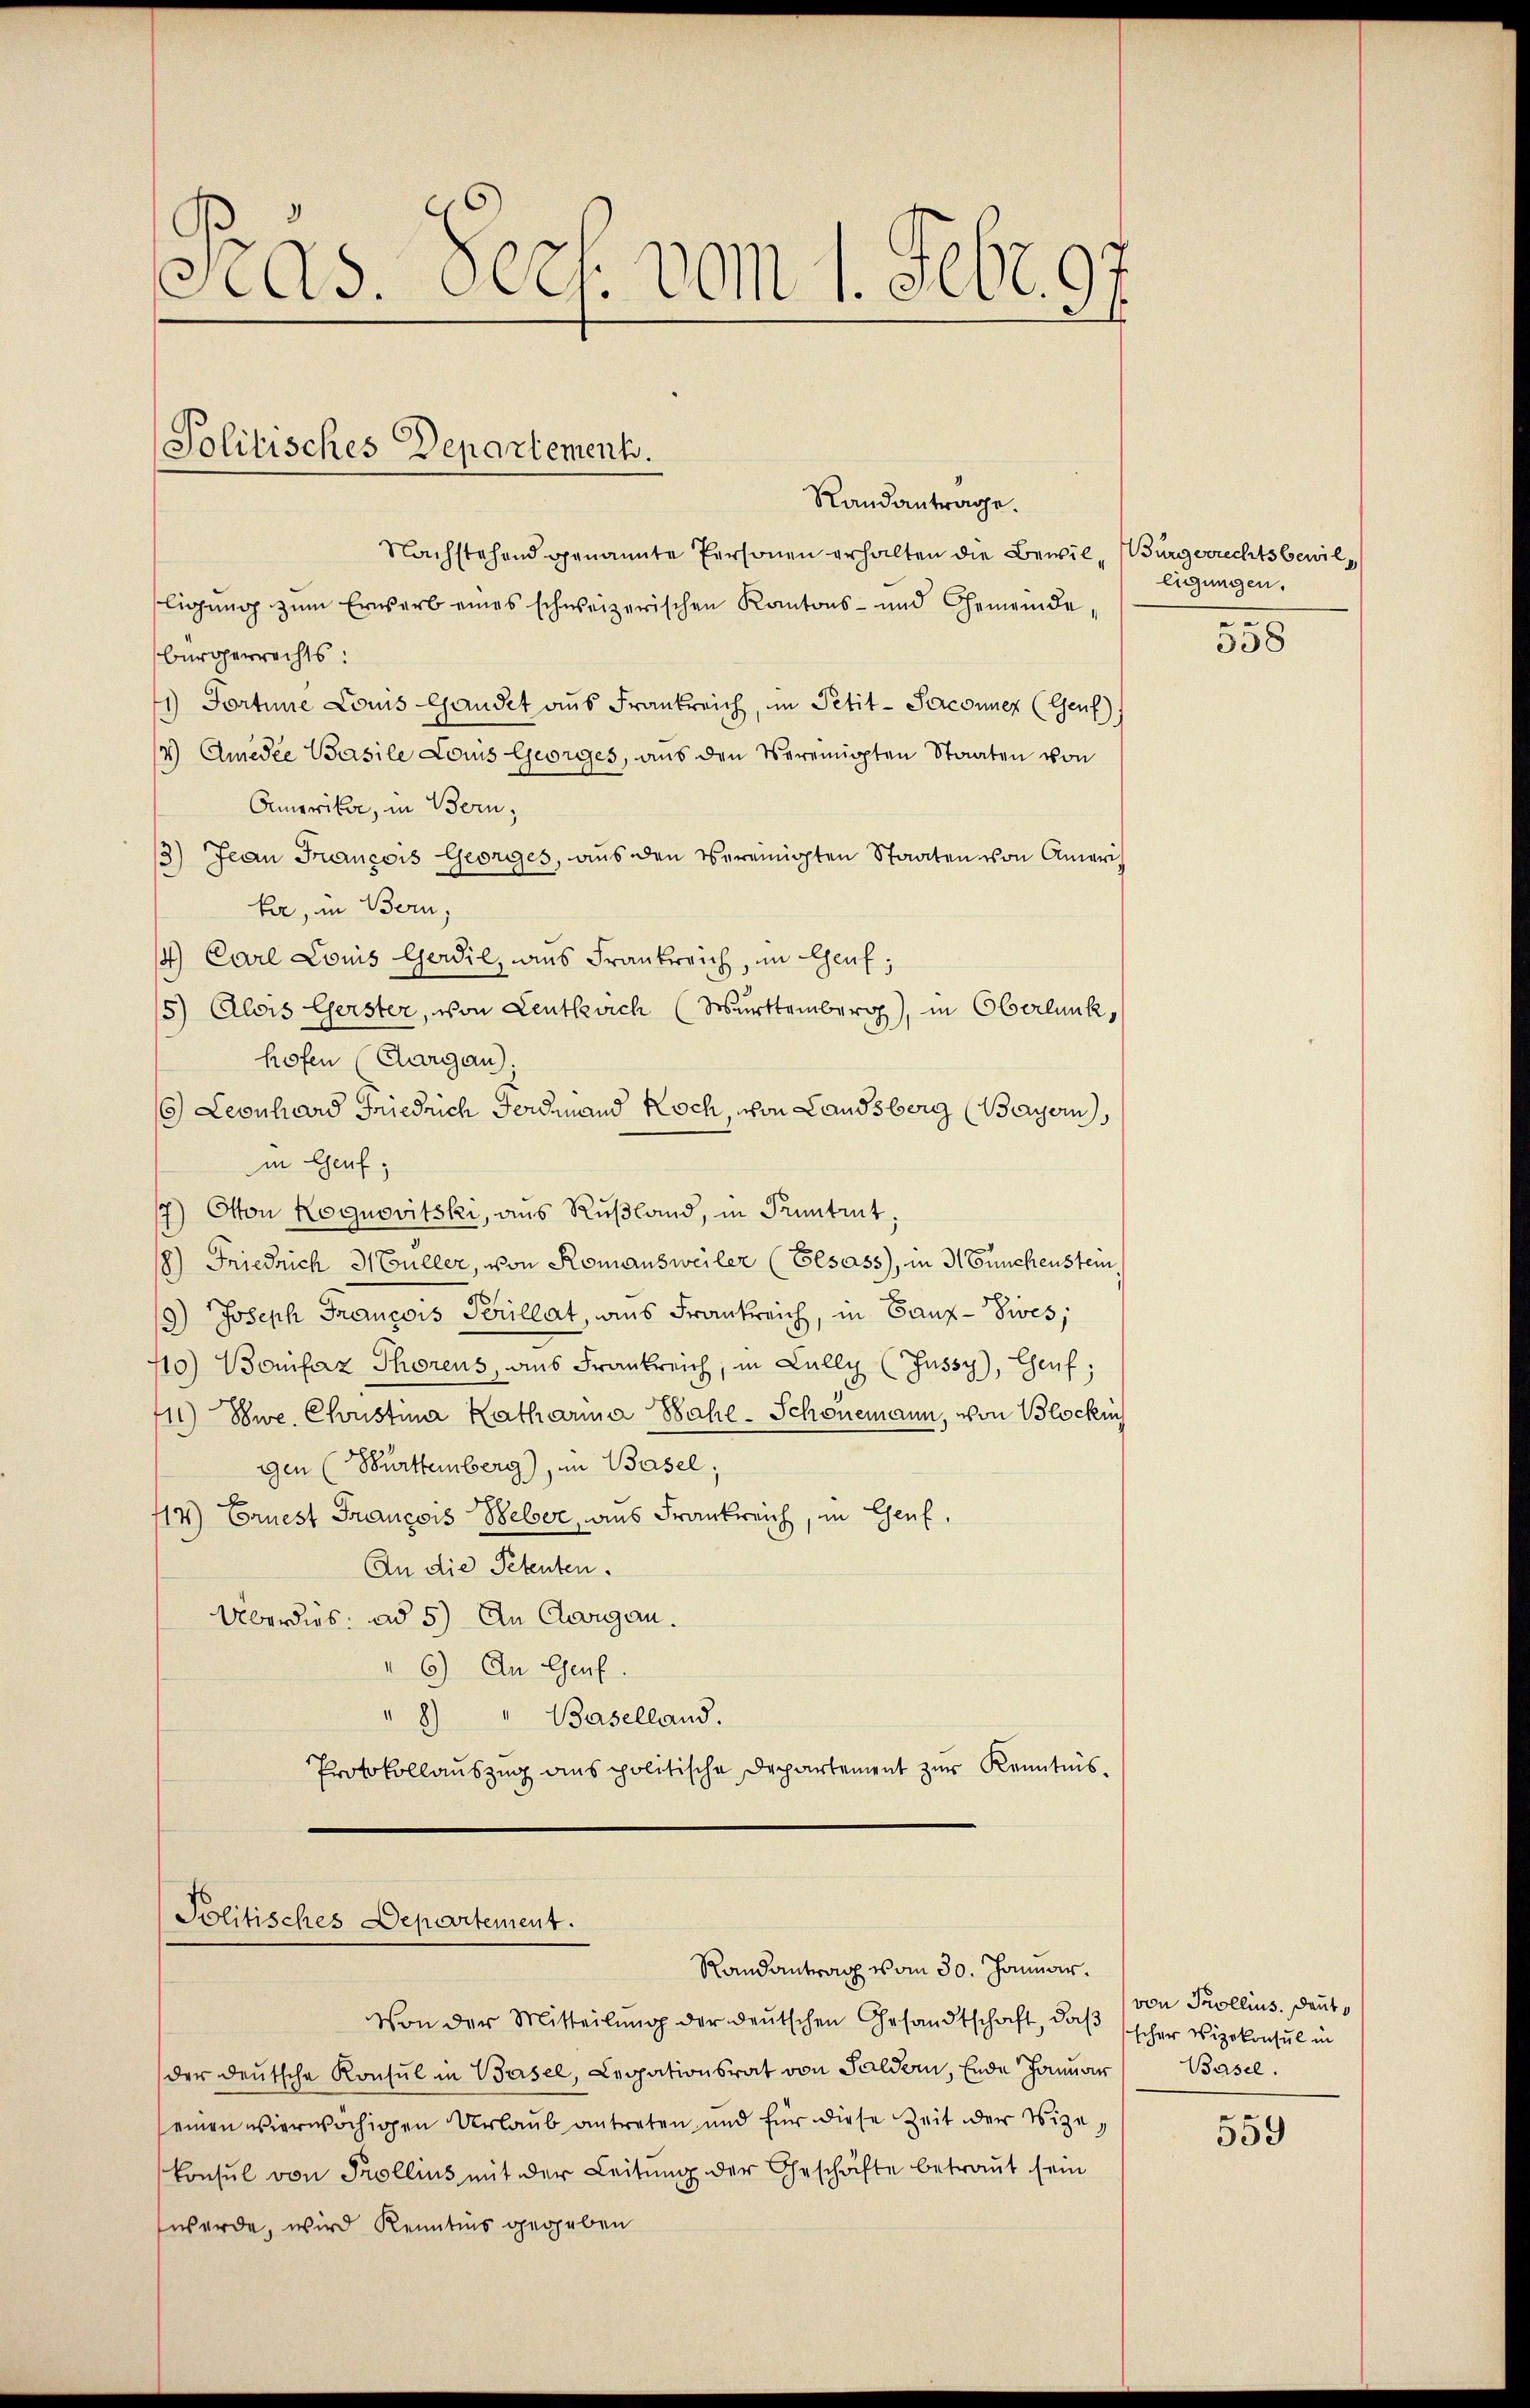
s
As. Ges. vom 1. Sept. 97

Politisches Departement.
Randantrage.

Nachstehend genannte Personen erhalten die Bewil-Bürgerrechtsbewilligung zum Erwerb eines schweizerischen Kantons- und Gemeinde,
bürgerrechts:
1) Portine Louis Gandet aus Frankreich, in Petit-Seconner (Genf)
4) Amedie Pasile Louis Georges, aŭs den Vereinigten Staaten von
Ormeriker, in Bern,
3) Jean François Georges, aus den vereinigten Staaten von Ameri,
hr, in Bern,
4.) Carl Louis Gerdil, ins Frankreich, im Genf,
15) Alois Gerster, von Leutlich (Wurttemberg), in Oberlank,
hofen (Cargau)
6) Leonhard Friedrich Fordmand Koch von Landsberg (Bayern,
in Genf;
17) Otton Kognovitski, aus Rußland, in Pruntrut:
8) Friedrich Müller, von Romansweiler (Elsass, in 3 Funchenstein
9) Joseph Francois Perillat, aus Frankreich, in Ganz-Sives;
110) Bonifaz Thorens, aus Frankreich, in Cally (Jussy), Genf;
111) Wwe. Coustina Katharina Sahe-Schönemann, von Blocken
gen (Bürttemberg), in Basel;
44) Ernest François Weber, aus Frankreich, in Genf,
An die Petenten.
Überdies ad 5) An Cargau.
6) An Genf.
" 8) " Baselland.
Protokollauszug aus politische Departement zur Kenntnis¬

Politisches Departement.
Randantrag vom 30. Januar.

ligungen.

Von der Mitteilung der deutschen Gesandtschaft, daß scher Vizekonsul in
der deutsche Konsul in Basel, Legationsrat von Haldern, Ende Januar
einen vierwächigen Urlaub antreten und für diese Zeit der Vize-
Consul von Prollius mit der Leitung der Geschäfte betraut sein
werde, wird Kenntnis gegeben

558

von Trollins. Deut
Basel.

559